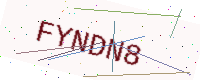
Text: FYNDN8